Elephants and their diseases
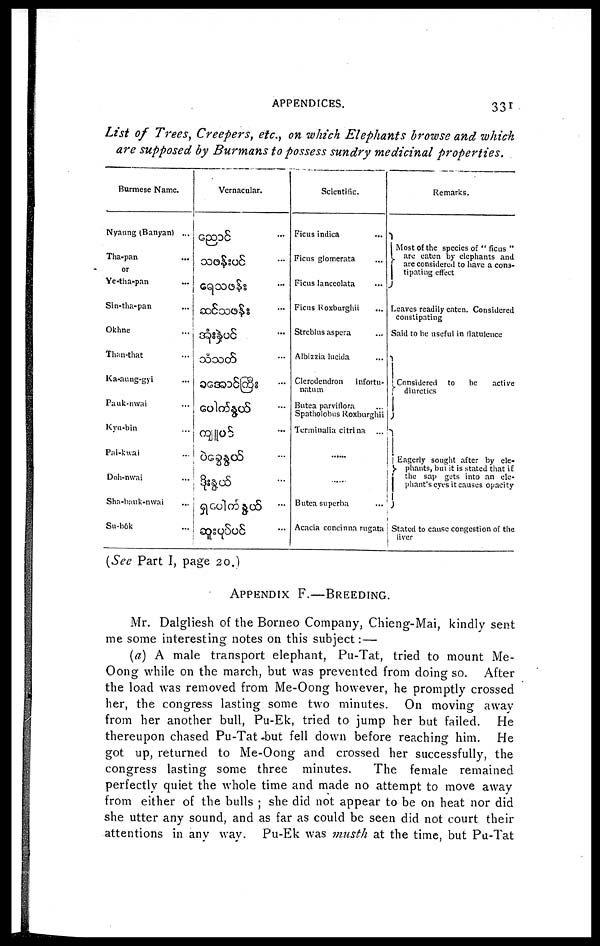
APPENDICES.
331
List of Trees, Creepers, etc., on which Elephants browse and which
are supposed by Burmans to possess sundry medicinal
properties.
Burmese Name.
Nyaung (Banyan) ...
Tha-pan
...
or
Ye-tha-pan
Sin-tha-pan
Okhne
Than-that
Ka-aung-gyi
Pauk-nwai
Kyn-bin
Pai-kwai
Doh-nwai
Shn-bnuk-nwai
Su-bôk
Vernacular.
Scientific.
Ficus indica
Ficus glomerata
Ficus lanceolata
Ficus Roxburghii
Streblns aspera
Albizzia lucida
Clerodendron
infortu-
natum
Butea parviflora
Spatholobus Roxburghii
Terminalia citrina
...
......
Butea superba
Acacia concinna rugata
Remarks.
Most of the species of " ficus "
are eaten by elephants and
are considered to have a cons¬
tipating effect
Leaves readily eaten. Considered
constipating
Said to be useful in flatulence
Considered to
be
active
diuretics
Eagerly sought after by ele-
phants, but it is stated that if
the sap gets into an ele¬
phant's eyes it causes opacity
Stated to cause congestion of the
liver
(See Part I, page 20.)
APPENDIX
F.—BREEDING.
Mr. Dalgliesh of the Borneo Company, Chieng-Mai, kindly sent
me some interesting notes on this subject: —
(a) A male transport elephant, Pu-Tat, tried to mount Me-
Oong while on the march, but was prevented from doing so. After
the load was removed from Me-Oong however, he promptly crossed
her, the congress lasting some two minutes. On moving away
from her another bull, Pu-Ek, tried to jump her but failed. He
thereupon chased Pu-Tat but fell down before reaching him. He
got up, returned to Me-Oong and crossed her successfully, the
congress lasting some three minutes.
The female remained
perfectly quiet the whole time and made no attempt to move away
from either of the bulls ; she did not appear to be on heat nor did
she utter anv sound, and as far as could be seen did not court their
attentions in any way. Pu-Ek was musth at the time, but Pu-Tat